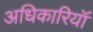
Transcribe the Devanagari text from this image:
अधिकारियॉ